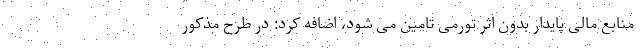
منابع مالی پایدار بدون اثر تورمی تامین می شود، اضافه کرد: در طرح مذکور